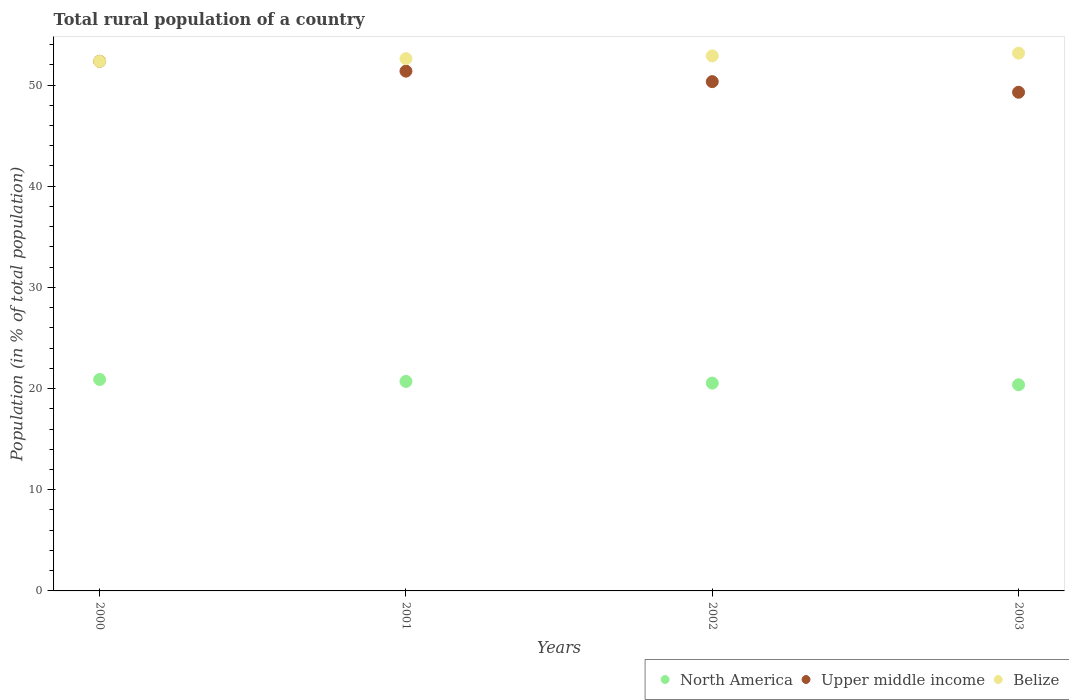
| Years | North America | Upper middle income | Belize |
 | --- | --- | --- | --- |
 | 2000 | 20.9 | 52.3 | 52.3 |
 | 2001 | 20.7 | 51.4 | 52.6 |
 | 2002 | 20.5 | 50.3 | 52.9 |
 | 2003 | 20.4 | 49.3 | 53.1 |